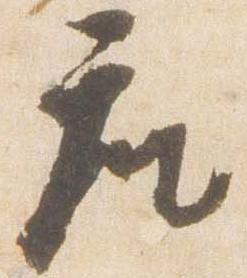
座